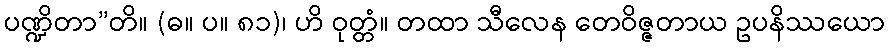
ပဏ္ဍိတာ”တိ။ (ဓ။ ပ။ ၈၁)၊ ဟိ ဝုတ္တံ။ တထာ သီလေန တေဝိဇ္ဇတာယ ဥပနိဿယော